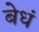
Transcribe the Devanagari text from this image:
बेधं